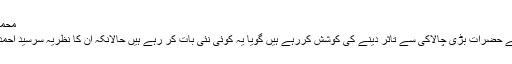
محمد زاہد صدیق مغل
متبادل بیانیے والے حضرات بڑی چالاکی سے تاثر دینے کی کوشش کررہے ہیں گویا یہ کوئی نئی بات کر رہے ہیں حالانکہ ان کا نظریہ سرسید احمد خان والا ہی ہے۔